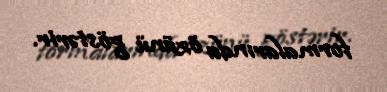
formalarında özünü göstərir.